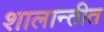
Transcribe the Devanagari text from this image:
शालान्तीत